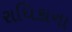
રાધિકાના